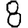
Digit: 8